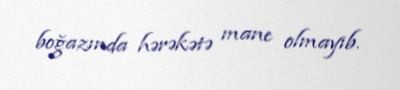
boğazında hərəkətə mane olmayıb.